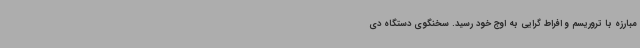
مبارزه با تروریسم و افراط گرایی به اوج خود رسید. سخنگوی دستگاه دی